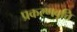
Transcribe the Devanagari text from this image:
प्रकरणवृत्ति